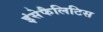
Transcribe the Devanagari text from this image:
इंसेफैलिटिस